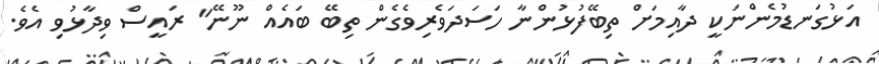
އަޅުގަނޑުމެންނަކީ ދާއިމަށް ތިބޭފުޅުންނާ ހަސަދަވެރިވެގެން ތިބޭ ބައެއް ނޫނޭ" ރައީސް ވިދާޅުވި އެވެ.